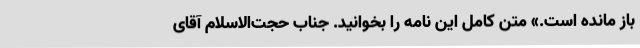
باز مانده است.» متن کامل این نامه را بخوانید. جناب حجت‌الاسلام آقای